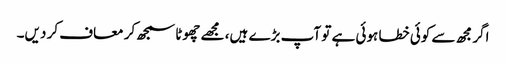
اگر مجھ سے کوئی خطا ہوئی ہے تو آپ بڑے ہیں، مجھے چھوٹا سمجھ کر معاف کر دیں۔